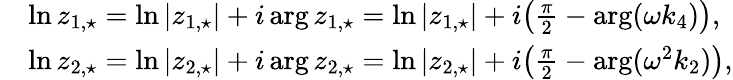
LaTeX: \begin{array}{rl}&{\ln z_{1,\star}=\ln|z_{1,\star}|+i\arg z_{1,\star}=\ln|z_{1,\star}|+i\big(\frac{\pi}{2}-\arg(\omega k_{4})\big),}\\ &{\ln z_{2,\star}=\ln|z_{2,\star}|+i\arg z_{2,\star}=\ln|z_{2,\star}|+i\big(\frac{\pi}{2}-\arg(\omega^{2}k_{2})\big),}\end{array}